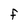
Character: F